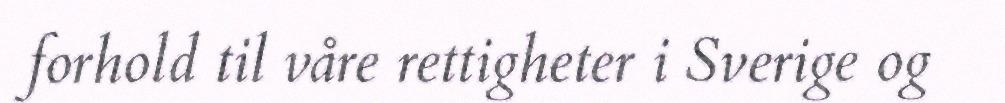
forhold til våre rettigheter i Sverige og